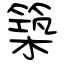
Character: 築